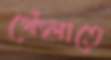
থেঁৎলাতে